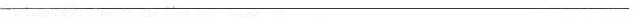
_______________________________________